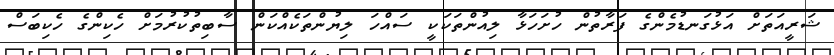
ޝަރީއަތަށް އަޅުގަނޑުމެންގެ ފަރާތުން ހުށަހަޅާ ލިއުންތަކަކީ ސައްހަ ލިޔުންތަކެއްކަން ސާބިތުކުރުމަށް ހެކިންގެ ހެކިބަސް